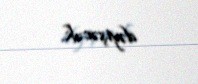
dəyişəcək.